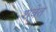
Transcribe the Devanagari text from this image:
शवेत